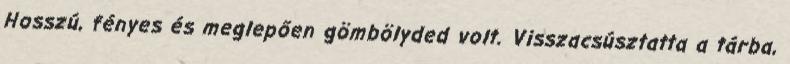
Hosszú, fényes és meglepően gömbölyded volt. Visszacsúsztatta a tárba,